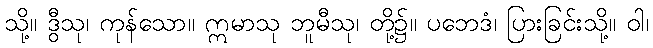
သို့။ ဒွီသု၊ ကုန်သော။ ဣမာသု ဘူမီသု၊ တို့၌။ ပဘေဒံ၊ ပြားခြင်းသို့။ ဝါ၊